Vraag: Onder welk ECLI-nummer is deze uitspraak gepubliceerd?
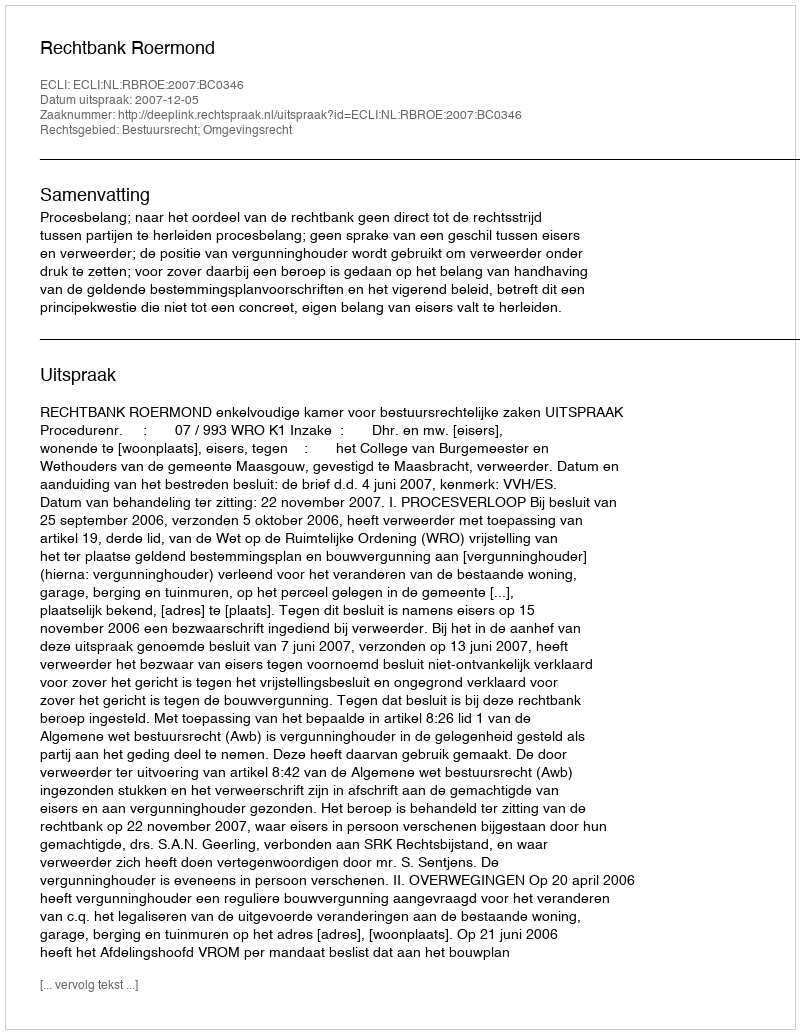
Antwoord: ECLI:NL:RBROE:2007:BC0346